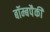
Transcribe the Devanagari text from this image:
बॉम्बपैकी